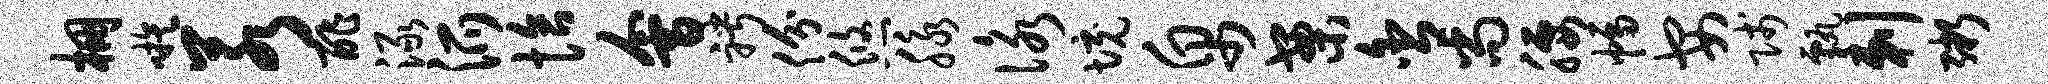
棚嗾若酢渌派恰会聘份悠脉咏境帛案舍尚腰幅安贱甄剌粥